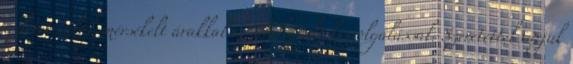
üzletet talál, mérsékelt árakkal és odafigyelő kiszolgálással. Szeretettel várjuk